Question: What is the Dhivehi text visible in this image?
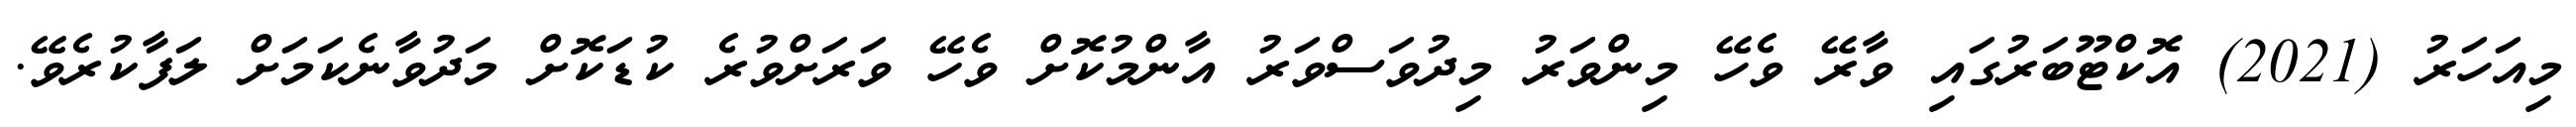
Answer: މިއަހަރު (2021) އޮކްޓޫބަރުގައި ވާރޭ ވެހޭ މިންވަރު މިދުވަސްވަރު އާންމުކޮށް ވެހޭ ވަރަށްވުރެ ކުޑަކޮށް މަދުވާނެކަމަށް ލަފާކުރެވޭ.